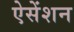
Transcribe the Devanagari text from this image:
ऐसेंशन